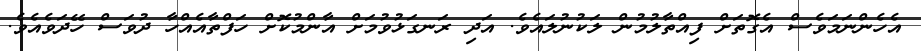
އެހެންނަމަވެސް އެގޮތަށް ފިއްތާލުމުން ލަކުނުލައެވެ. އަދި ރަނގަޅުވުމަށް އާންމުކޮށް ހަފްތާއެއްހާ ދުވަސް ހޭދަވެއެވެ.